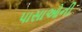
પાસાઓની